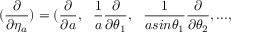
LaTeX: ( \frac { \partial } { \partial \eta _ { a } } ) = ( \frac { \partial } { \partial a } , ~ ~ \frac { 1 } { a } \frac { \partial } { \partial \theta _ { 1 } } , ~ ~ \frac { 1 } { a s i n { \theta _ { 1 } } } \frac { \partial } { \partial \theta _ { 2 } } , . . . ,